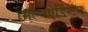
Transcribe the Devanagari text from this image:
मिल्नएडिंग्टन